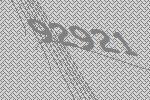
92921